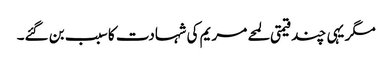
مگر یہی چند قیمتی لمحے مریم کی شہادت کا سبب بن گئے۔